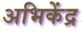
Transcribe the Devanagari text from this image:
अभिकेंद्र